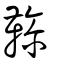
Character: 𩍲